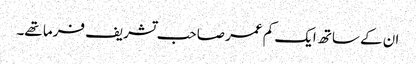
ان کے ساتھ ایک کم عمر صاحب تشریف فرما تھے۔